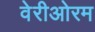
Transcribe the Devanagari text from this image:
वेरीओरम